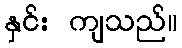
နှင်း ကျသည်။